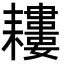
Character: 𦔪